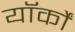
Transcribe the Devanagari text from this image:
यॉर्कों